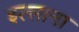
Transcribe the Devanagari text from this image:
इल्लाना